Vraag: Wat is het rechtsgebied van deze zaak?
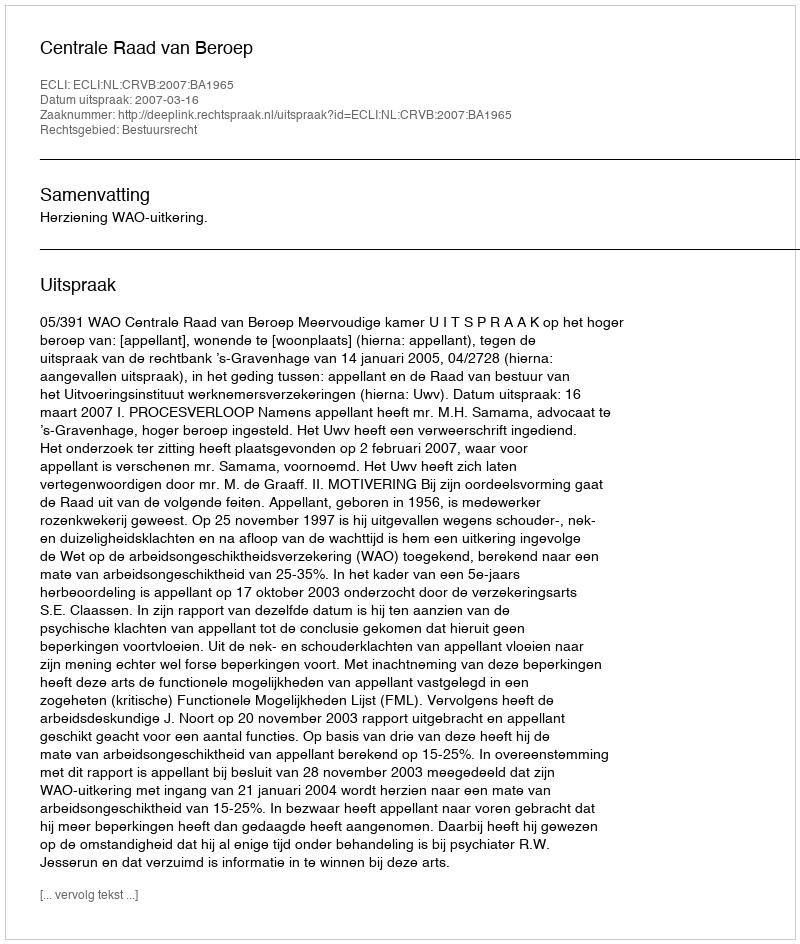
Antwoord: Bestuursrecht